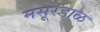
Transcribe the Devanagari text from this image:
मसूरडाळ